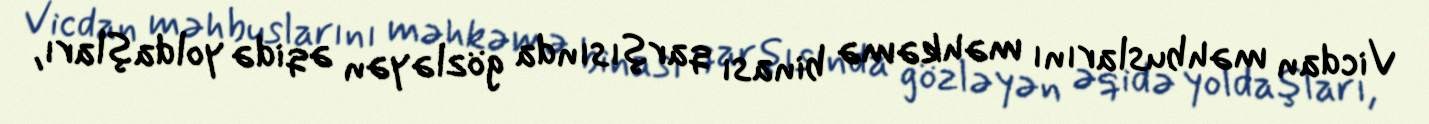
Vicdan məhbuslarını məhkəmə binası qarşısında gözləyən əqidə yoldaşları,